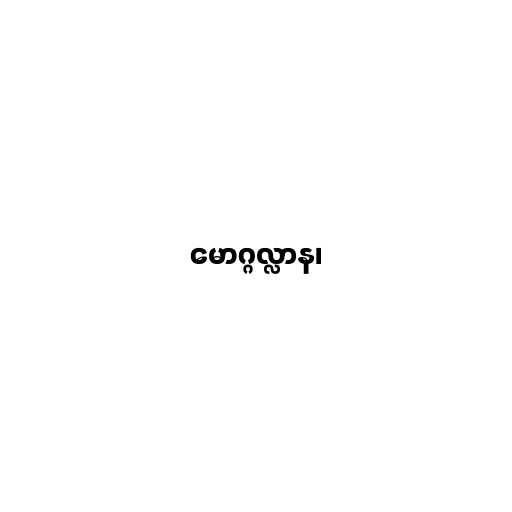
မောဂ္ဂလ္လာန၊